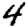
Digit: 4